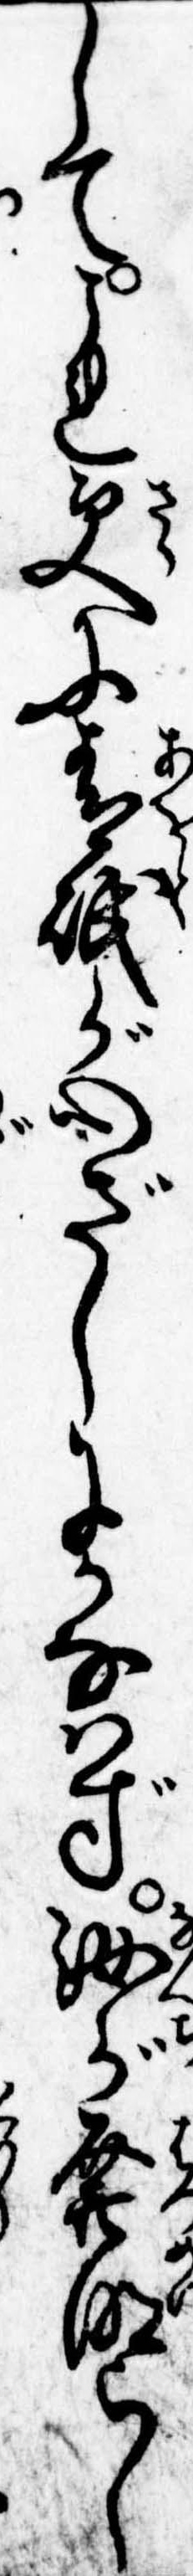
してこれ更に青砥が心ざしにかなはず汝が発明らし